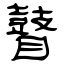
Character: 瞽